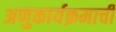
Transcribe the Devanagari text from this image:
अणुकार्यक्रमाची